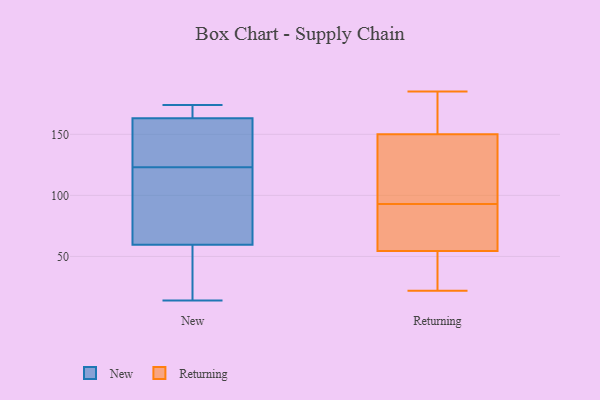
{"axis": {"x": "Humidity (%)", "y": "Value"}, "legend": ["New", "Returning"], "data": [{"x": "", "y": 14, "type": "New"}, {"x": "", "y": 137, "type": "New"}, {"x": "", "y": 123, "type": "New"}, {"x": "", "y": 52, "type": "New"}, {"x": "", "y": 53, "type": "New"}, {"x": "", "y": 174, "type": "New"}, {"x": "", "y": 79, "type": "New"}, {"x": "", "y": 171, "type": "New"}, {"x": "", "y": 168, "type": "New"}, {"x": "", "y": 93, "type": "New"}, {"x": "", "y": 149, "type": "New"}, {"x": "", "y": 162, "type": "Returning"}, {"x": "", "y": 26, "type": "Returning"}, {"x": "", "y": 167, "type": "Returning"}, {"x": "", "y": 22, "type": "Returning"}, {"x": "", "y": 185, "type": "Returning"}, {"x": "", "y": 93, "type": "Returning"}, {"x": "", "y": 26, "type": "Returning"}, {"x": "", "y": 105, "type": "Returning"}, {"x": "", "y": 109, "type": "Returning"}, {"x": "", "y": 64, "type": "Returning"}, {"x": "", "y": 68, "type": "Returning"}, {"x": "", "y": 146, "type": "Returning"}, {"x": "", "y": 84, "type": "Returning"}]}